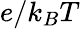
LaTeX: e/k_{B}T